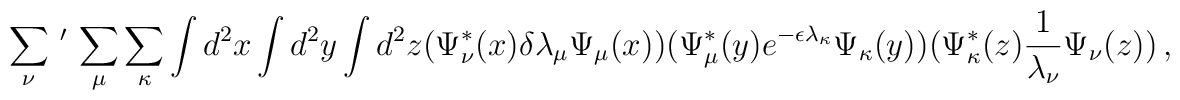
\sum_{\nu}\,^{\prime}\,\sum_{\mu}\sum_{\kappa}\int d^2 x \int d^2 y \int d^2 z(\Psi_{\nu}^{*}(x) \delta\lambda_{\mu}\Psi_{\mu}(x))(\Psi_{\mu}^{*}(y) e^{-\epsilon\lambda_{\kappa}} \Psi_{\kappa }(y))(\Psi_{\kappa}^{*}(z) {1\over{\lambda_{\nu}}}\Psi_{\nu}(z))\, ,